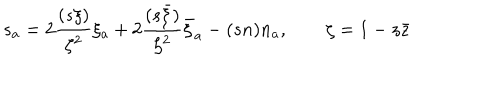
s _ { a } = 2 \frac { ( s \xi ) } { \zeta ^ { 2 } } \xi _ { a } + 2 \frac { ( s \bar { \xi } ) } { \zeta ^ { 2 } } \bar { \xi } _ { a } - ( s n ) n _ { a } , \qquad \zeta = 1 - z \bar { z }